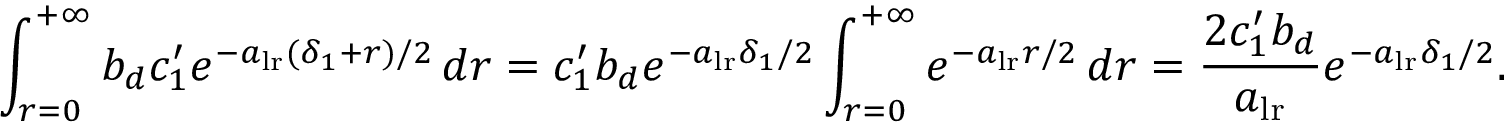
\int _ { r = 0 } ^ { + \infty } b _ { d } c _ { 1 } ^ { \prime } e ^ { - a _ { \mathrm { l r } } ( \delta _ { 1 } + r ) / 2 } \, d r = c _ { 1 } ^ { \prime } b _ { d } e ^ { - a _ { \mathrm { l r } } \delta _ { 1 } / 2 } \int _ { r = 0 } ^ { + \infty } e ^ { - a _ { { \mathrm { l r } } } r / 2 } \, d r = \frac { 2 c _ { 1 } ^ { \prime } b _ { d } } { a _ { \mathrm { l r } } } e ^ { - a _ { \mathrm { l r } } \delta _ { 1 } / 2 } .